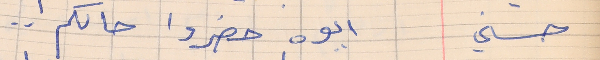
حسني       ايوه حضروا حالكم . .